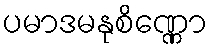
ပမာဒမနုစိဏ္ဏော